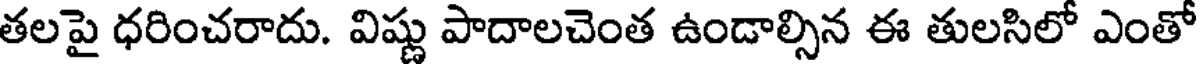
తలపై ధరించరాదు. విష్ణు పాదాలచెంత ఉండాల్సిన ఈ తులసిలో ఎంతో